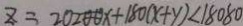
z = 2 0 2 0 0 x + 1 8 0 ( x + y ) < 1 8 0 8 0